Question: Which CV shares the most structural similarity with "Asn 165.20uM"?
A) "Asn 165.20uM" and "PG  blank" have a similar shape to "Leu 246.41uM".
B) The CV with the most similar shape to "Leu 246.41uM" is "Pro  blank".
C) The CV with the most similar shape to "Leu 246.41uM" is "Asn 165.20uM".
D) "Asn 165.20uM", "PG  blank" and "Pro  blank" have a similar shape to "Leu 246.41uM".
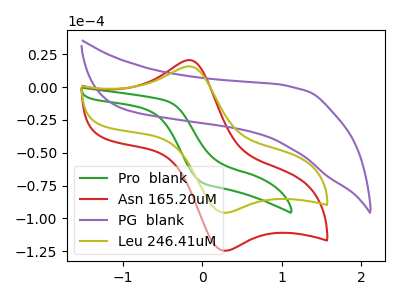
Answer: <think>The green curve "Pro  blank" has no peaks. The red curve "Asn 165.20uM" has an anodic peak at (-0.15V, 20.55uA) and a cathodic peak at (0.25V, -124.60uA). The purple curve "PG  blank" has no peaks. The olive curve "Leu 246.41uM" has an anodic peak at (-0.15V, 15.80uA) and a cathodic peak at (0.25V, -95.70uA).
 "Pro  blank" and "Asn 165.20uM" have a different number of peaks. Neither "Pro  blank" or "PG  blank" have any peaks. "Pro  blank" and "Leu 246.41uM" have a different number of peaks. "Asn 165.20uM" and "PG  blank" have a different number of peaks. All the peaks in "Asn 165.20uM" have a peak in "Leu 246.41uM" at the same potential. Every peak in "Asn 165.20uM" is higher than every peak in "Leu 246.41uM". "PG  blank" and "Leu 246.41uM" have a different number of peaks.</think>
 <answer>C) The CV with the most similar shape to "Leu 246.41uM" is "Asn 165.20uM".</answer>
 <eval>C</eval>